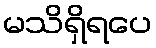
မသိရှိရပေ